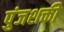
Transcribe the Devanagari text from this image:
पुंजशक्ती